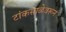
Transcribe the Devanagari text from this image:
टांकसाळेवरून